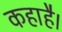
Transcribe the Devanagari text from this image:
कहाहै।